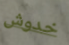
خدوش